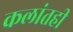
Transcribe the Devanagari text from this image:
कलांतही